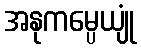
အနုကမ္ပေယျုံ